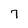
Character: 7